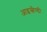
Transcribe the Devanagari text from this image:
आइस्लैण्डी